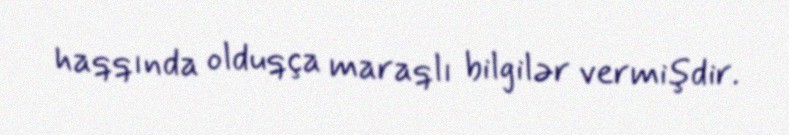
haqqında olduqça maraqlı bilgilər vermişdir.